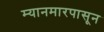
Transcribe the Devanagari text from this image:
म्यानमारपासून